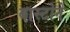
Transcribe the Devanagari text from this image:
बास्टोने